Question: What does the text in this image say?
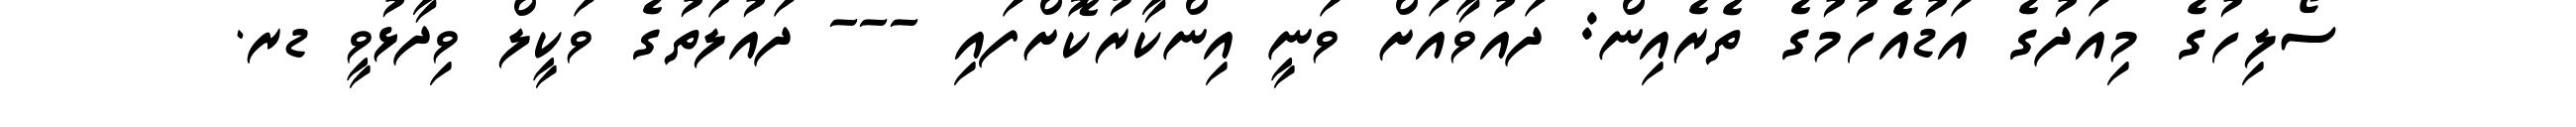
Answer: ސޯލިހުގެ މިއަދުގެ އަޑުއެހުމުގެ ތެރެއިން: ދައުވާއަށް ވަނީ އިންކާރުކޮށްފައި --- ދައުލަތުގެ ވަކީލް ވިދާޅުވީ ޑރ.